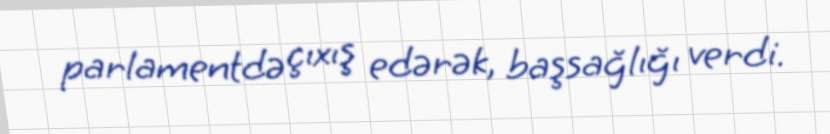
parlamentdə çıxış edərək, başsağlığı verdi.